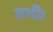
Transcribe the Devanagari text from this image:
तभी।